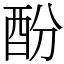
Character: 酚